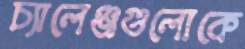
চ্যালেঞ্জগুলোকে